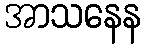
အာသနေန